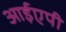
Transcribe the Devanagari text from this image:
आईएपी